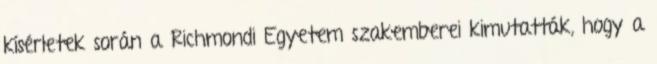
kísérletek során a Richmondi Egyetem szakemberei kimutatták, hogy a